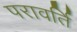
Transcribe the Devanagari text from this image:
परावर्ति